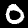
Digit: 0